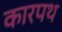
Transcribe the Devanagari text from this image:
कारपथ